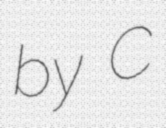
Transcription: by C